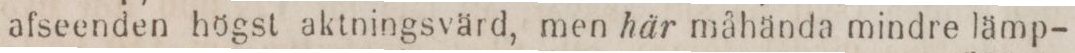
afseenden högst aktningsvärd, men här måhända mindre lämp-